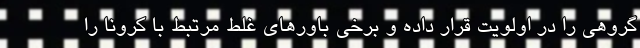
گروهی را در اولویت قرار داده و برخی باورهای غلط مرتبط با کرونا را